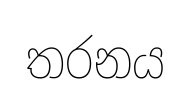
තරනය